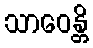
သာဝေန္တိ